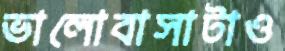
ভালোবাসাটাও